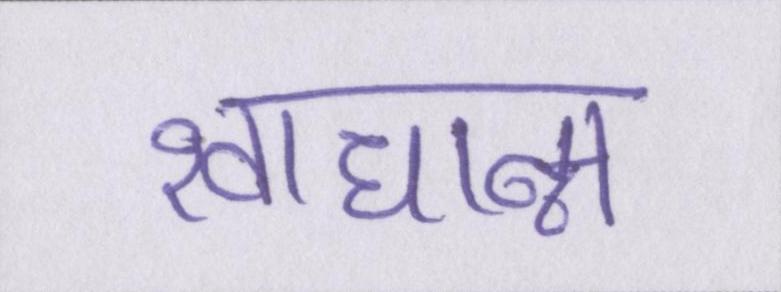
खाधान्न